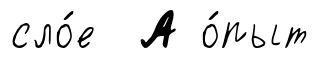
сло́е А о́пыт